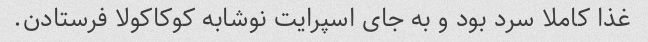
غذا کاملا سرد بود و به جای اسپرایت نوشابه کوکاکولا فرستادن.